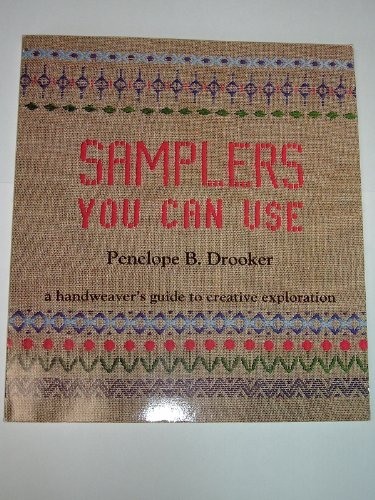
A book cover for Samplers You Can Use: A Handweaver's Guide to Creative Exploration; Penelope Drooker; Crafts, Hobbies & Home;